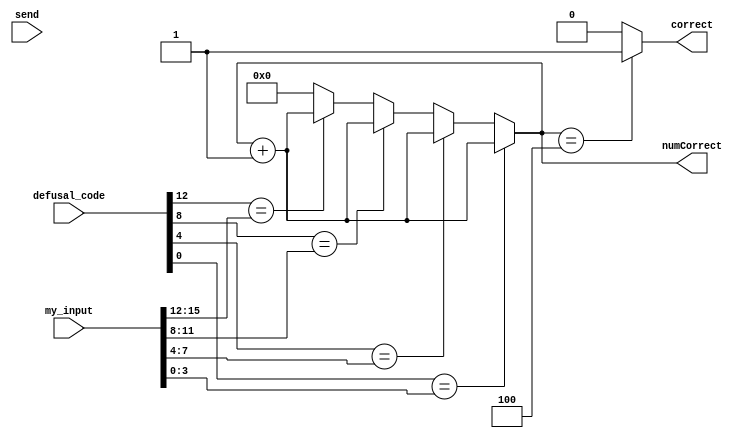
`timescale 1ns / 1ps
//////////////////////////////////////////////////////////////////////////////////
// Company: 
// Engineer: 
// 
// Design Name: 
// Module Name:    digits 
// Project Name: 
// Target Devices: 
// Tool versions: 
// Description: 
//
// Dependencies: 
//
// Revision: 
// Revision 0.01 - File Created
// Additional Comments: 
//
//////////////////////////////////////////////////////////////////////////////////
module digits(my_input, defusal_code, send, correct, numCorrect);
	 input [15:0] my_input; //connected to pmod input
	 input [15:0] defusal_code;
	 input send;
	 output reg correct = 0;
	 output reg [3:0] numCorrect;
	
	wire digit3, digit2, digit1, digit0;
	assign digit3 = defusal_code[15:12];
	assign digit2 = defusal_code[11:8];
	assign digit1 = defusal_code[7:4];
	assign digit0 = defusal_code[3:0];
	always @(send) begin
		/*if(defusal_code == my_input) begin
			numCorrect <= 4'b100;
		end*/
		numCorrect <= 4'b0000;
		if(digit3 == my_input[15:12]) begin
			numCorrect <= numCorrect + 1;
		end
		if(digit2 == my_input[11:8]) begin
			numCorrect <= numCorrect + 1;
		end
		if(digit1 == my_input[7:4]) begin
			numCorrect <= numCorrect + 1;
		end
		if(digit0 == my_input[3:0]) begin
			numCorrect <= numCorrect + 1;
		end
		//ssd d3(.num(4'b0), .seg(seg3));
		//ssd d2(.num(4'b0), .seg(seg2));
		//ssd d1(.num(4'b0), .seg(seg1));
		//ssd d0(.num(numCorrect), .seg(seg0));
		if (numCorrect == 4'b100) begin
			correct <= 1;
		end
		else begin
			correct <= 0;
		end 

	end

	 /*
	input [15:0] my_input;
	input [15:0] defusal_code;
	output correct;
	output reg [2:0] num_correct;
	
	always @(*) begin
			if(my_input[0] == defusal_code[0] || my_input[0] == defusal_code[1] || my_input[0] == defusal_code[2] || my_input[0] == defusal_code[3])
				num_correct = num_correct + 1;
			else if(my_input[1] == defusal_code[0] || my_input[1] == defusal_code[1] || my_input[1] == defusal_code[2] || my_input[1] == defusal_code[3])
				num_correct = num_correct + 1;
			else if(my_input[2] == defusal_code[0] || my_input[2] == defusal_code[1] || my_input[2] == defusal_code[2] || my_input[2] == defusal_code[3])
				num_correct = num_correct + 1;
			else if(my_input[3] == defusal_code[0] || my_input[3] == defusal_code[1] || my_input[3] == defusal_code[2] || my_input[3] == defusal_code[3])
				num_correct = num_correct + 1;
		end
		
	if(num_correct == 4)
		assign correct = 1;
	else 
		assign correct = 0;
		*/
	
endmodule